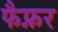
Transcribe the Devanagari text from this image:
फैफ्नर